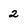
Character: 2